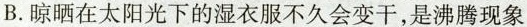
B.晾晒在太阳光下的湿衣服不久会变干，是沸腾现象